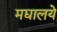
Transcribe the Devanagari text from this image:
मद्यालये